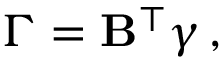
\boldsymbol { \Gamma } = \mathbf { B } ^ { \intercal } \boldsymbol { \gamma } \, ,